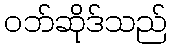
ဝဘ်ဆိုဒ်သည်